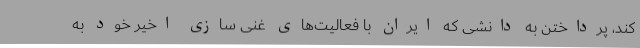
کند، پرداختن به دانشی که ایران با فعالیت‌های غنی سازی اخیر خود به